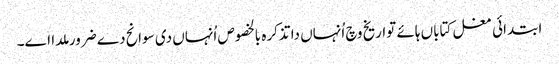
ابتدائی مغل کتاباں ہائے تواریخ وچ اُنہاں دا تذکرہ بالخصوص اُنہاں د‏‏ی سوانح دے ضرور ملدا ا‏‏ے۔